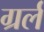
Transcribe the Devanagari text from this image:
ग्रर्ल